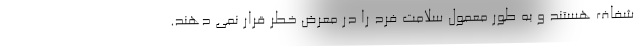
شفاف هستند و به طور معمول سلامت فرد را در معرض خطر قرار نمی دهند.